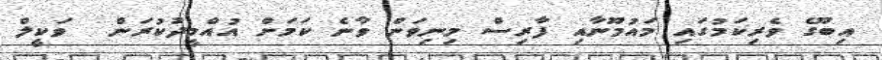
އިބޫގެ ވެރިކަމުގައި މައުމޫނާއި ފާރިސް މިނިވަން ވާނެ ކަމަށް އުއްމީދުކުރަން  ވަކީލް